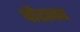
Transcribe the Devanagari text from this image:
चौटाका